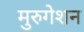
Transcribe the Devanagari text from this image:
मुरुगेशन